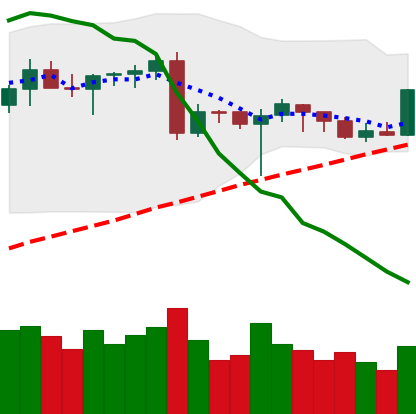
Ticker: BTC-USD
Chart end date: 2020-06-22
Forward return: -6.253%
Label: down_5_7